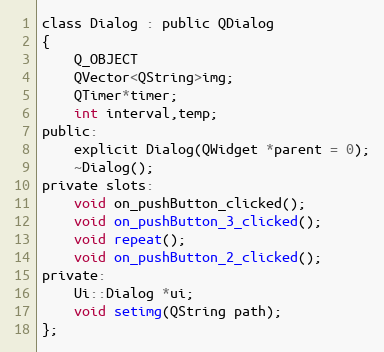
Language: C
class Dialog : public QDialog
{
    Q_OBJECT
    QVector<QString>img;
    QTimer*timer;
    int interval,temp;
public:
    explicit Dialog(QWidget *parent = 0);
    ~Dialog();
private slots:
    void on_pushButton_clicked();
    void on_pushButton_3_clicked();
    void repeat();
    void on_pushButton_2_clicked();
private:
    Ui::Dialog *ui;
    void setimg(QString path);
};